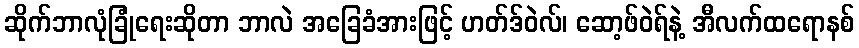
ဆိုက်ဘာလုံခြုံရေးဆိုတာ ဘာလဲ အခြေခံအားဖြင့် ဟတ်ဒ်ဝဲလ်၊ ဆော့ဖ်ဝဲရ်နဲ့ အီလက်ထရောနစ်